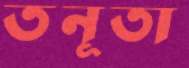
তনূতা